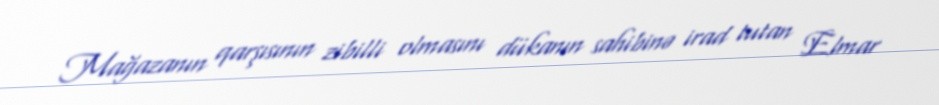
Mağazanın qarşısının zibilli olmasını dükanın sahibinə irad tutan Elmar